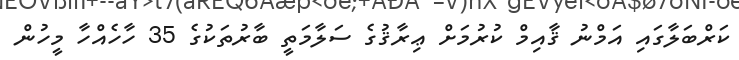
ކަރްބަލާގައި އަމްނު ޤާއިމް ކުރުމަށް ޢިރާޤުގެ ސަލާމަތީ ބާރުތަކުގެ 35 ހާހެއްހާ މީހުން